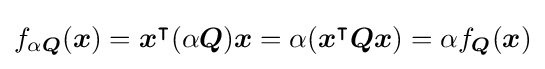
f_{\alpha {\boldsymbol {Q}}}({\boldsymbol {x}})={\boldsymbol {x}}^{\intercal }(\alpha {\boldsymbol {Q}}){\boldsymbol {x}}=\alpha ({\boldsymbol {x}}^{\intercal }{\boldsymbol {Qx}})=\alpha f_{\boldsymbol {Q}}({\boldsymbol {x}})